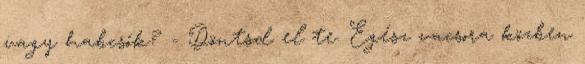
vagy habcsók? - Döntsd el te. Egész vacsora közben